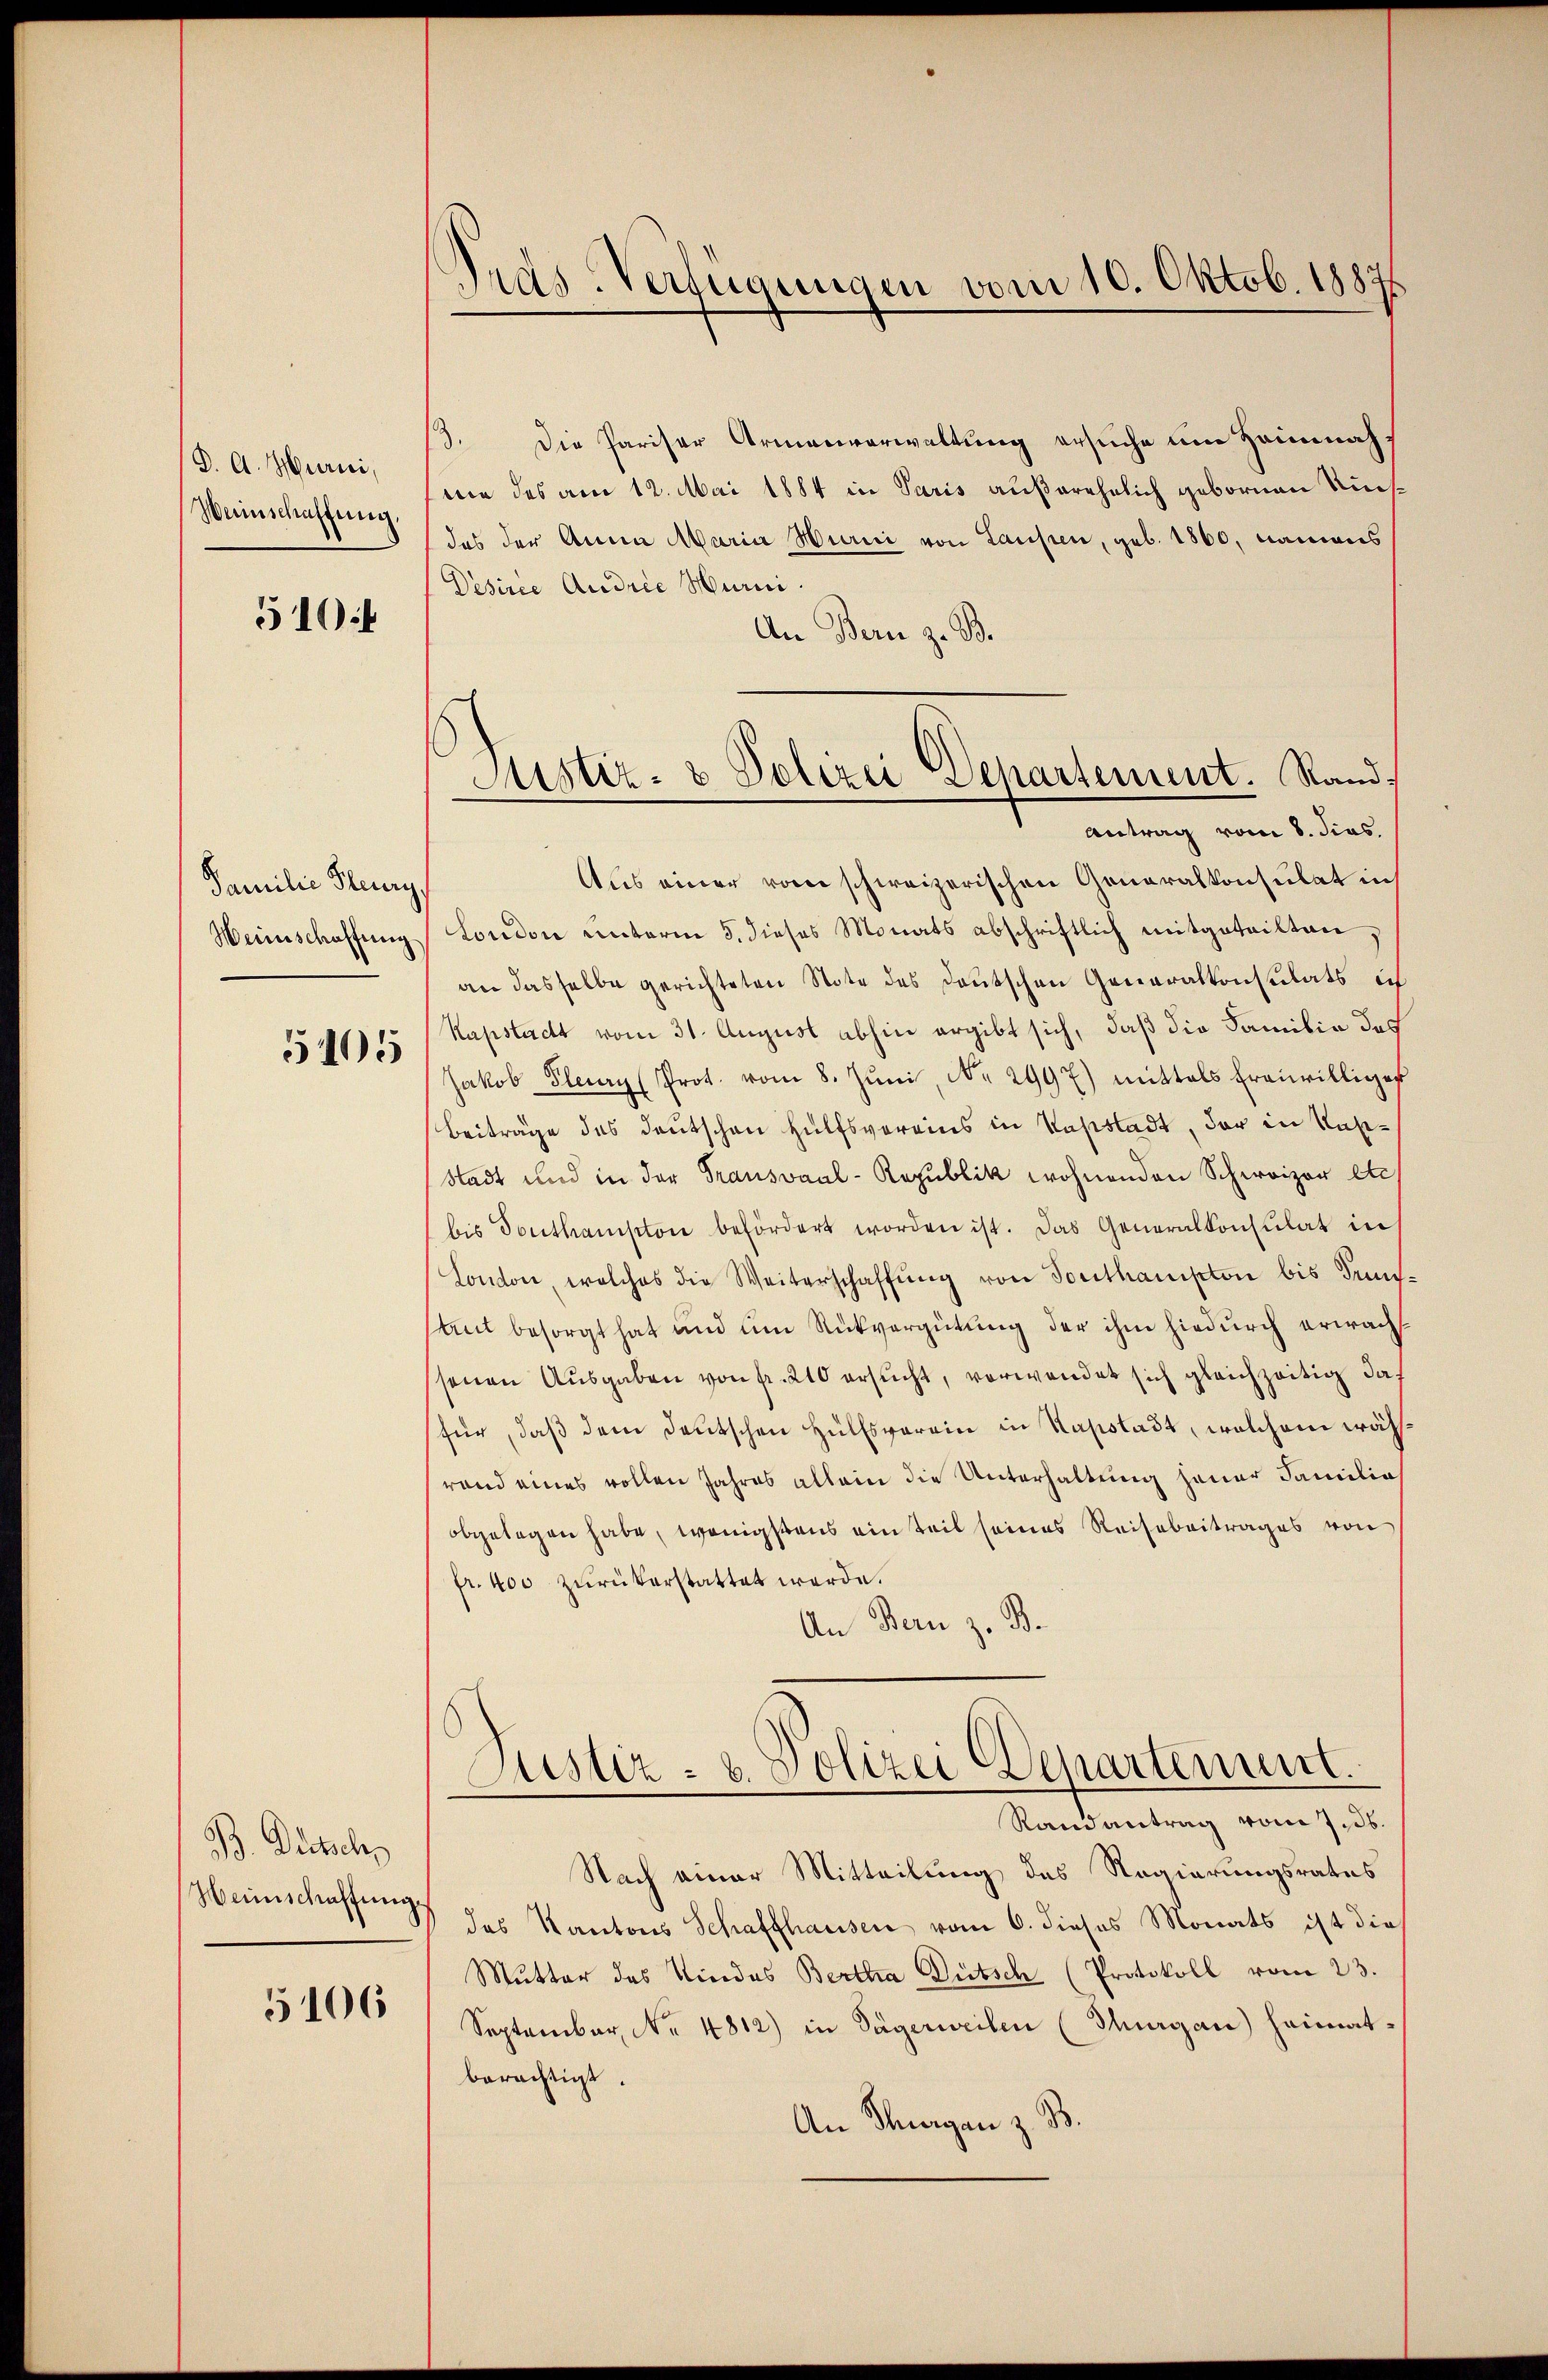
P. A. Hurni,
Weinschaffung

510:

Familie Heury,
Weinschaffung

5105

B. Dietsch
Weinschaffung

5106

Dras-Verfügungen vom 10. Oktob. 1887.

13. Die Pariser Armenverwaltung ersuche um Haimnahme des am 12. Mai 1884 in Paris außerehelich gebornen Riesdas der Anna Maria Hurici von Laufen, geb. 1860, namens
Desirce Andrie Murni
An Bern z. B.
Aus einer von schweizerischen Generalkonsulat in
London unterm 5. dieses Monats abschriftlich mitgeteilten.
an dasselbe gerichteten Note des deutschen Generalkonsulats in
Kapstadt vom 31. August abhin ergibt sich, daß die Familie des
Jakob Plenry (Prot. vom 8. Jŭni, Nr. 2997) mittels Ereiwilliger
Beiträge des Deutschen Hülfsvereins in Papstadt, der in Kas¬
Stadt und in der Trausvaal-Republik wohnenden Schweizer etc
bis Southampton befördert worden ist. Das Generalkonsulat in
London, welches die Weiterschaffŭng von Southampton bis Tung.
saut besorgt hat und um Rückvergütung der ihm hiedurch erwachssenen Ausgaben von Fr. 210 ersucht, verwendet sich gleichzeitig daf
für, daß dem deutschen Hülfsverein in Kapstadt, welchem währand eines vollen Jahres allein die Unterhaltung jener Familia
obgelegen habe, wenigstens ein Teil seines Reisebeitrages von
fr. 400 zŭrükerstattet werde.
An Bern z. B.
Justiz- u. Polizei Departement.
Randantrag vom 7. ds.
Nach einer Mitteilung des Regierungsrates
das Kantons Schaffhausen vom 6. dieses Monats ist dies
Mutter des Kindes Bertha Dütsch (Protokoll vom 23.
September, No 4812) in Sägerweilen (Thurgau) heimat-
berächtigt.
An Thurgan z. B.

Sistiz- & Polizei Departement. Rand,
Antrag vom 8. dies